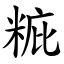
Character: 䊌